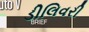
ડીલિવરી